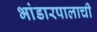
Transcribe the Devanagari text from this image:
भांडारपालाची